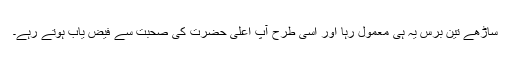
ساڑھے تین برس یہ ہی معمول رہا اور اسی طرح آپ اعلیٰ حضرت کی صحبت سے فیض یاب ہوتے رہے۔